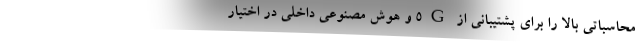
محاسباتی بالا را برای پشتیبانی از 5G و هوش مصنوعی داخلی در اختیار